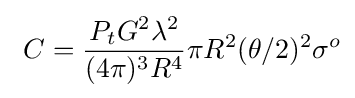
\ C={\frac {P_{t}G^{2}\lambda ^{2}}{(4\pi )^{3}R^{4}}}\pi R^{2}(\theta /2)^{2}\sigma ^{o}